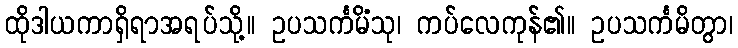
ထိုဒါယကာရှိရာအရပ်သို့။ ဥပသင်္ကမိံသု၊ ကပ်လေကုန်၏။ ဥပသင်္ကမိတွာ၊